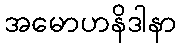
အမောဟနိဒါနာ